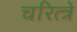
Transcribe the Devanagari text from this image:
चरित्त्रे